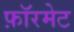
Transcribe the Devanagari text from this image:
फ़ॉरमेट